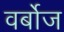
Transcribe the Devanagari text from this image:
वर्बोज